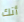
أنك